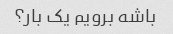
باشه برویم یک بار؟